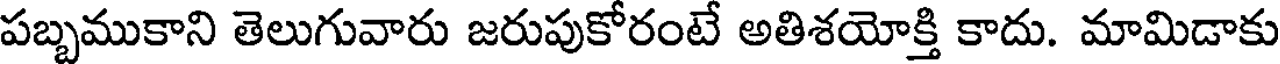
పబ్బముకాని తెలుగువారు జరుపుకోరంటే అతిశయోక్తి కాదు. మామిడాకు